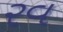
રવ